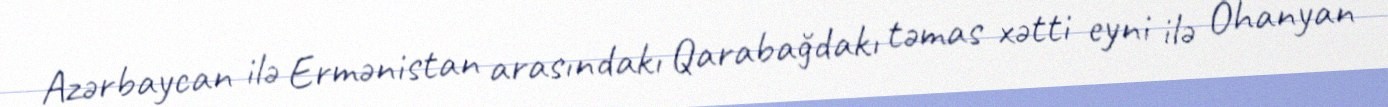
Azərbaycan ilə Ermənistan arasındakı Qarabağdakı təmas xətti eyni ilə Ohanyan